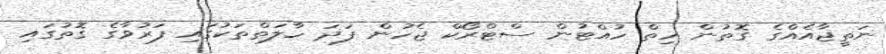
ނަތީޖާއެއްގެ ގޮތުން ހިތް ހުއްޓުން ސްޓްރޯކް ޖެހުން ފަދަ ހާލަތްތަކުގައި ފަރުވާގެ ގޮތުގައި